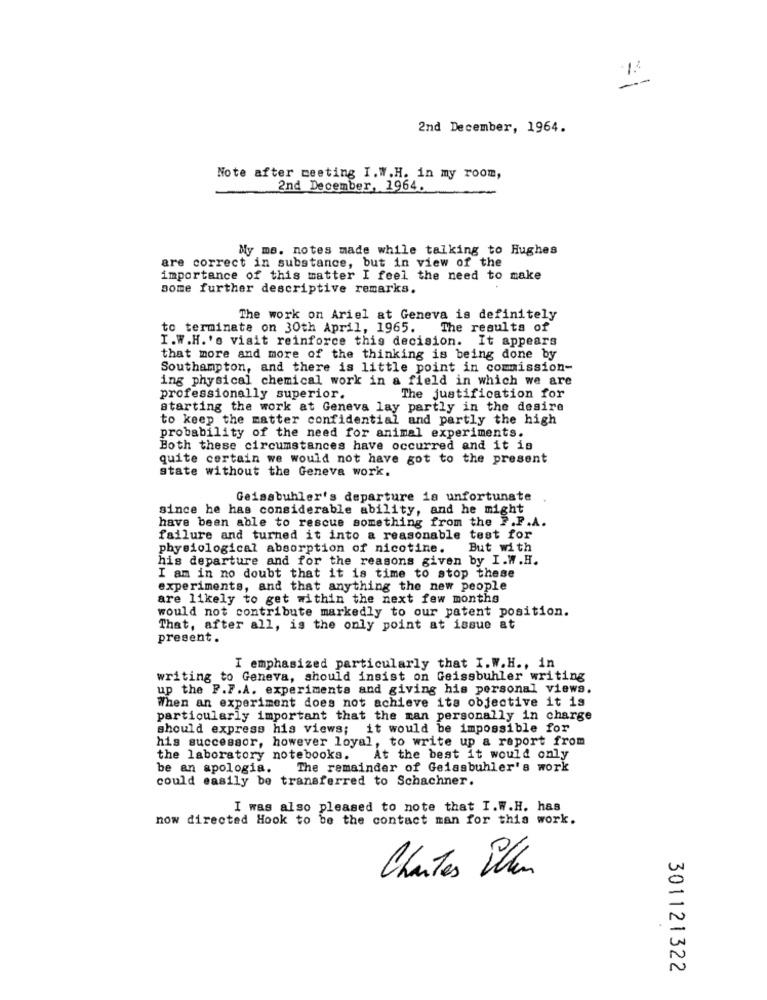
1.3
--
2nd December, 1964.
Note after meeting I.W.H. in my room,
2nd December, 1964.
My me. notes made while talking to Hughes
are correct in substance, but in view of the
importance of this matter I feel the need to make
some further descriptive remarks.
The work on Ariel at Geneva is definitely
to terminate on 30th April, 1965. The results of
I.W.H. 's visit reinforce this decision. It appears
that more and more of the thinking is being done by
Southampton, and there is little point in commission-
ing physical chemical work in a field in which we are
professionally superior.
The justification for
starting the work at Geneva lay partly in the desire
to keep the matter confidential and partly the high
probability of the need for animal experiments.
Both these circumstances have occurred and it is
quite certain we would not have got to the present
state without the Geneva work.
Geissbuhler's departure is unfortunate
since he has considerable ability, and he might
have been able to rescue something from the P.P.A.
failure and turned it into a reasonable test for
physiological absorption of nicotine.
But with
his departure and for the reasons given by I.W.H.
I am in no doubt that it is time to stop these
experiments, and that anything the new people
are likely to get within the next few months
would not contribute markedly to our patent position.
That, after all, is the only point at issue at
present.
I emphasized particularly that I.W.H ., in
writing to Geneva, should insist on Geissbuhler writing
up the F.F.A. experiments and giving his personal views.
When an experiment does not achieve its objective it is
particularly important that the man personally in charge
should express his views; it would be impossible for
his successor, however loyal, to write up a report from
the laboratory notebooks. At the best it would only
be an apologia.
The remainder of Geissbuhler's work
could easily be transferred to Schachner.
I was also pleased to note that I.W.H. has
now directed Hook to be the contact man for this work.
Chartes When
301121322